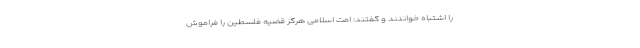
را اشتباه خواندند و گفتند: امت اسلامی هرگز قضیه فلسطین را فراموش